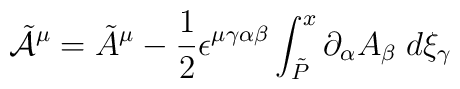
\tilde{{\cal A}}^{\mu} =\tilde{A}^{\mu} - \frac{1}{2} \epsilon^{\mu \gamma \alpha \beta} \int_{\tilde{P}}^x \partial_{\alpha}A_{\beta} \; d\xi_{\gamma}